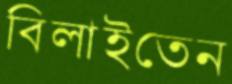
বিলাইতেন